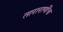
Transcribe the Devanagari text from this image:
ताराराणींचा